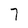
Character: 7